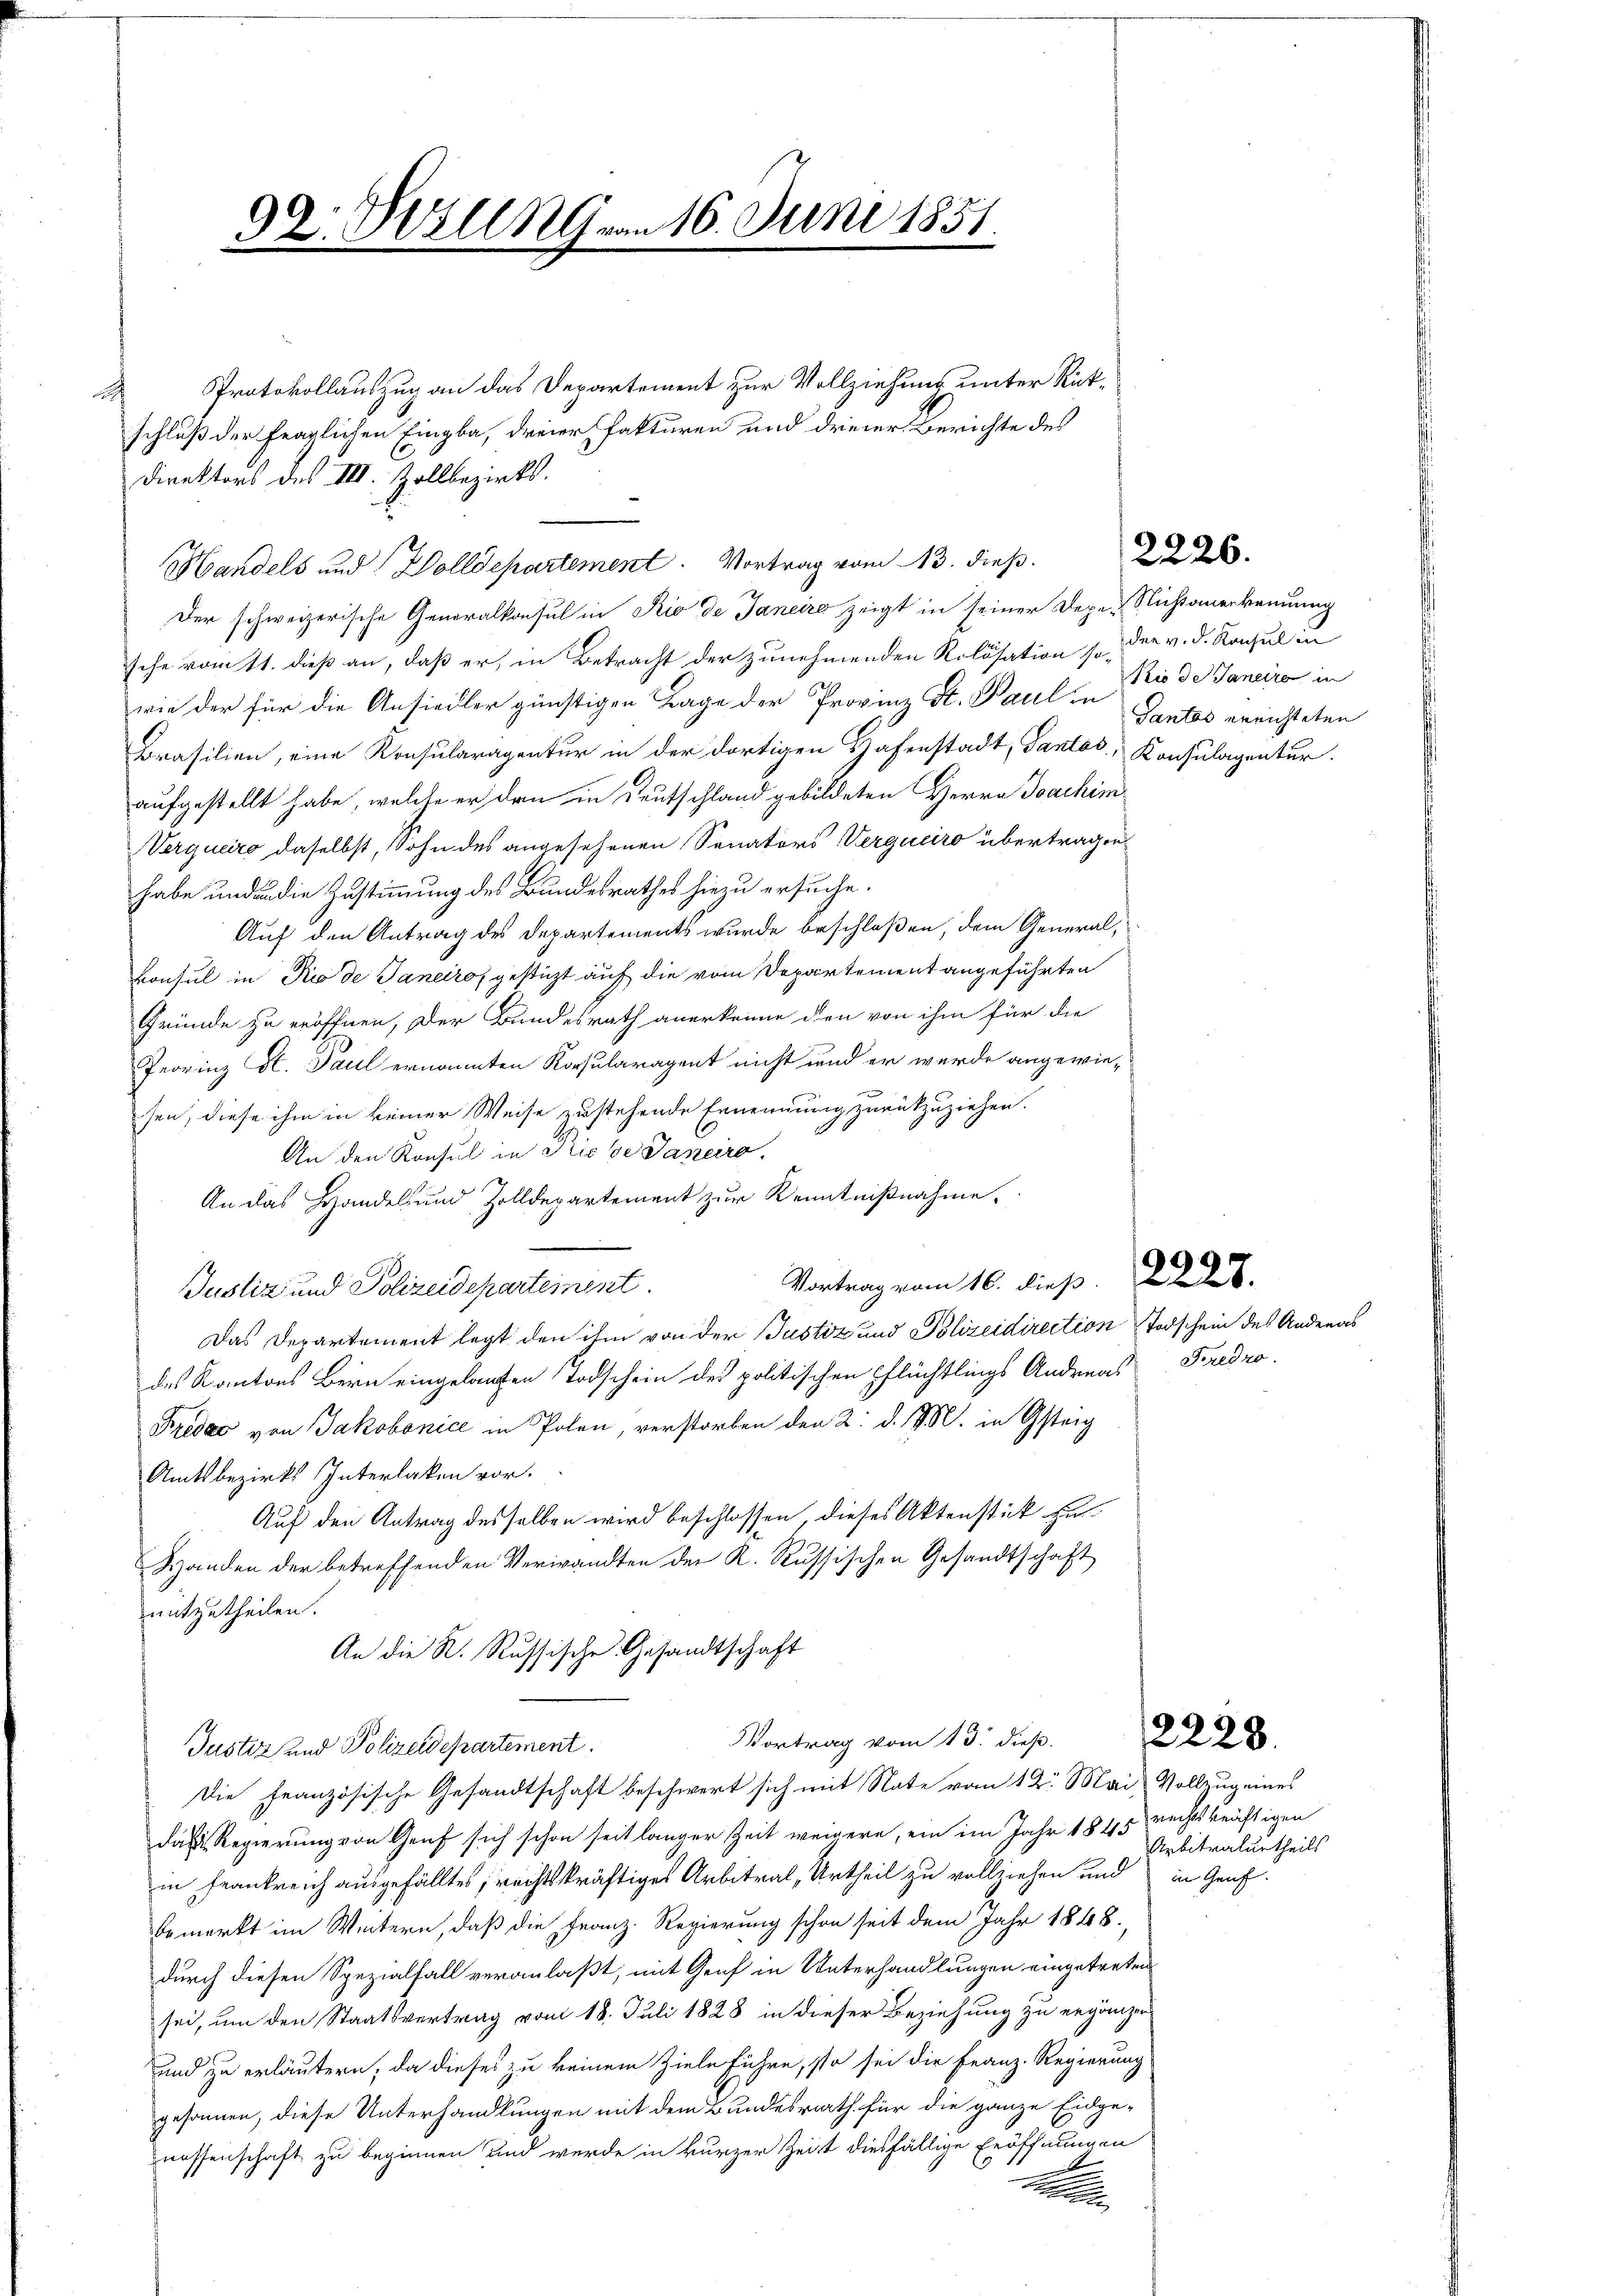
92. Hilln von 16. Juni 1851.

Protokollauszug an das Departement zur Vollziehung unter Rückh
schluß der fraglichen Eingba, dreier fakturen und dreier Berichte des
Direktors des III. Zollbezirks-
Der schweizerische Generalkonsul in Rio de Janeiro zeigt in seiner Depe-Richtanerkennung
sche vom 11. dieß an, daß er, in Betracht der zunehmenden Rolösation so, der v. d. Konsul in
wie der für die Ansiedler günstigen Tage der Provinz St. Paul in Gantas errichteten
Brasilien, eine Konsularagentur in der dortigen Hafenstadt, Gantos, Konsulagentur.
aufgestellt habe, welche er den in Deutschland gebildeten Herrn Joachim
Verquero daselbst, Sohn des angesehenen Senators Verguciro übertragen
habe und an die Zustimmung des Bundesrathes hiezu ersuche.
Auf den Antrag des Departements wurde beschloßen, dem General¬
Konsul in Rio de Janeiro gestüzt auf die vom Departement angeführten
Gründe zu eröffnen, der Bundesrath anerkenne den von ihm für die
Jeorinz St. Paul ernannten Korsularagent nicht und er wurde angewiesen, diese ihm in keiner Weise zustehende Ernennung zurückzuziehen.
An den Konsul in Riese Janeiro,
An das Handels und Zolldepartement zur Kenntnißnahme,
Vortrag vom 16. dies 228.
Justiz und Polizeidepartement
Das Departement legt den ihm von der Justiz und Polizeidirection Todschein des Andreas
des Kantons Bern eingelaufen Todschein des politischen Pflüchtlings Andreas Fredro
Fredeo von Jakobonice in Polen, verstorben den 2. d. M. in Gsteig
Amtsbezirks Interlaken vor.
Auf den Antrag desselben wird beschlossen dieses Aktenstück zu
Handen der betreffenden Verwandten der K. Russischen Gesandtschaft
mitzutheilen.
An die R. Russische Gesandtschaft
Vortrag vom 13. dieß.
Justiz und Polizeidepartement.
Die französische Gesandtschaft beschwert sich mit Nate vom 12. Mai Vollzug eines
daß Regierung von Genf sich schon seit langer Zeit weigere, ein im Jahr 1845 rechtskräftigen
in Frankreich ausgefälltes, rechtskräftiges Arbitrat, Urtheil zu vollziehen und in Genf
bemerkt im Weitern, daß die Franz. Regierung schon seit dem Jahr 1848,
durch diesen Spezialfall veranlaßt, mit Genf in Unterhandlungen eingetreten
sei, um den Staatsvertrag vom 18. Juli 1828 in dieser Beziehung zu ergänzen
und zu erläutern, da dieses zu keinem Ziele führe, so sei die Franz-Regierung
gesonnen, diese Unterhandlungen mit dem Bundesrath für die ganze Eidgenessenschaft zu beginnen und werde in kurzer Zeit diesfällige Eröffnungen

Mandels und Wolldepartement. Vortrag vom 13. dieß.

2226.

Kio de Janeiro in

2228.

Arbitralurtheils